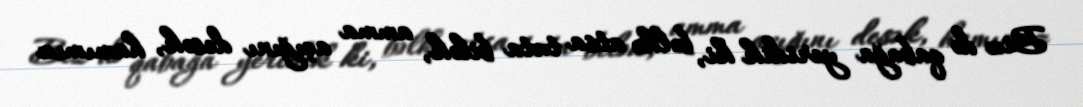
Biz də qabağa yeridik ki, bəlkə atsa tuta bilək, amma açığını desək, hamımız